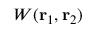
W ( \ensuremath { \mathbf { r } } _ { 1 } , \ensuremath { \mathbf { r } } _ { 2 } )